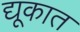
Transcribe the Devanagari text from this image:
द्यूकात